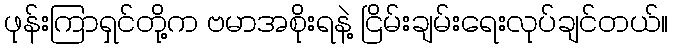
ဖုန်းကြာရှင်တို့က ဗမာအစိုးရနဲ့ ငြိမ်းချမ်းရေးလုပ်ချင်တယ်။